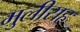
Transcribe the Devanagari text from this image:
मुलीसह